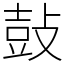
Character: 鼔